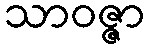
သာဝဇ္ဇာ